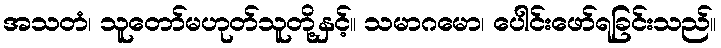
အသတံ၊ သူတော်မဟုတ်သူတို့နှင့်။ သမာဂမော၊ ပေါင်းဖော်ရခြင်းသည်။